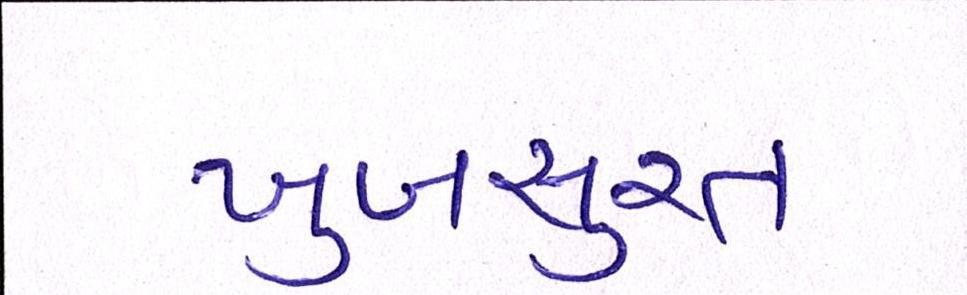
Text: ખુબસુરત